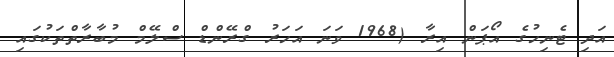
އަދި ޓެނިހުގެ އޯޕަން އިރާ (1968 ވަނަ އަހަރު ގްރޭންޑް ސްލޭމް މުބާރާތްތަކުގައި